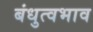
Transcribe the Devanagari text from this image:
बंधुत्वभाव